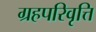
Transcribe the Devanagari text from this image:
ग्रहपरिवृत्ति